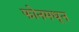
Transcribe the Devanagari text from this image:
फोनमधून